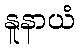
နူနာယံ